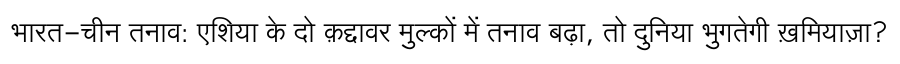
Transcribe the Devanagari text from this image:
भारत-चीन तनाव: एशिया के दो क़द्दावर मुल्कों में तनाव बढ़ा, तो दुनिया भुगतेगी ख़मियाज़ा?